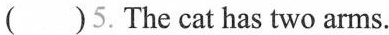
()5.The cat has two arms.